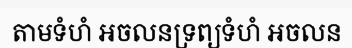
តាមទំហំ អចលនទ្រព្យទំហំ អចលន